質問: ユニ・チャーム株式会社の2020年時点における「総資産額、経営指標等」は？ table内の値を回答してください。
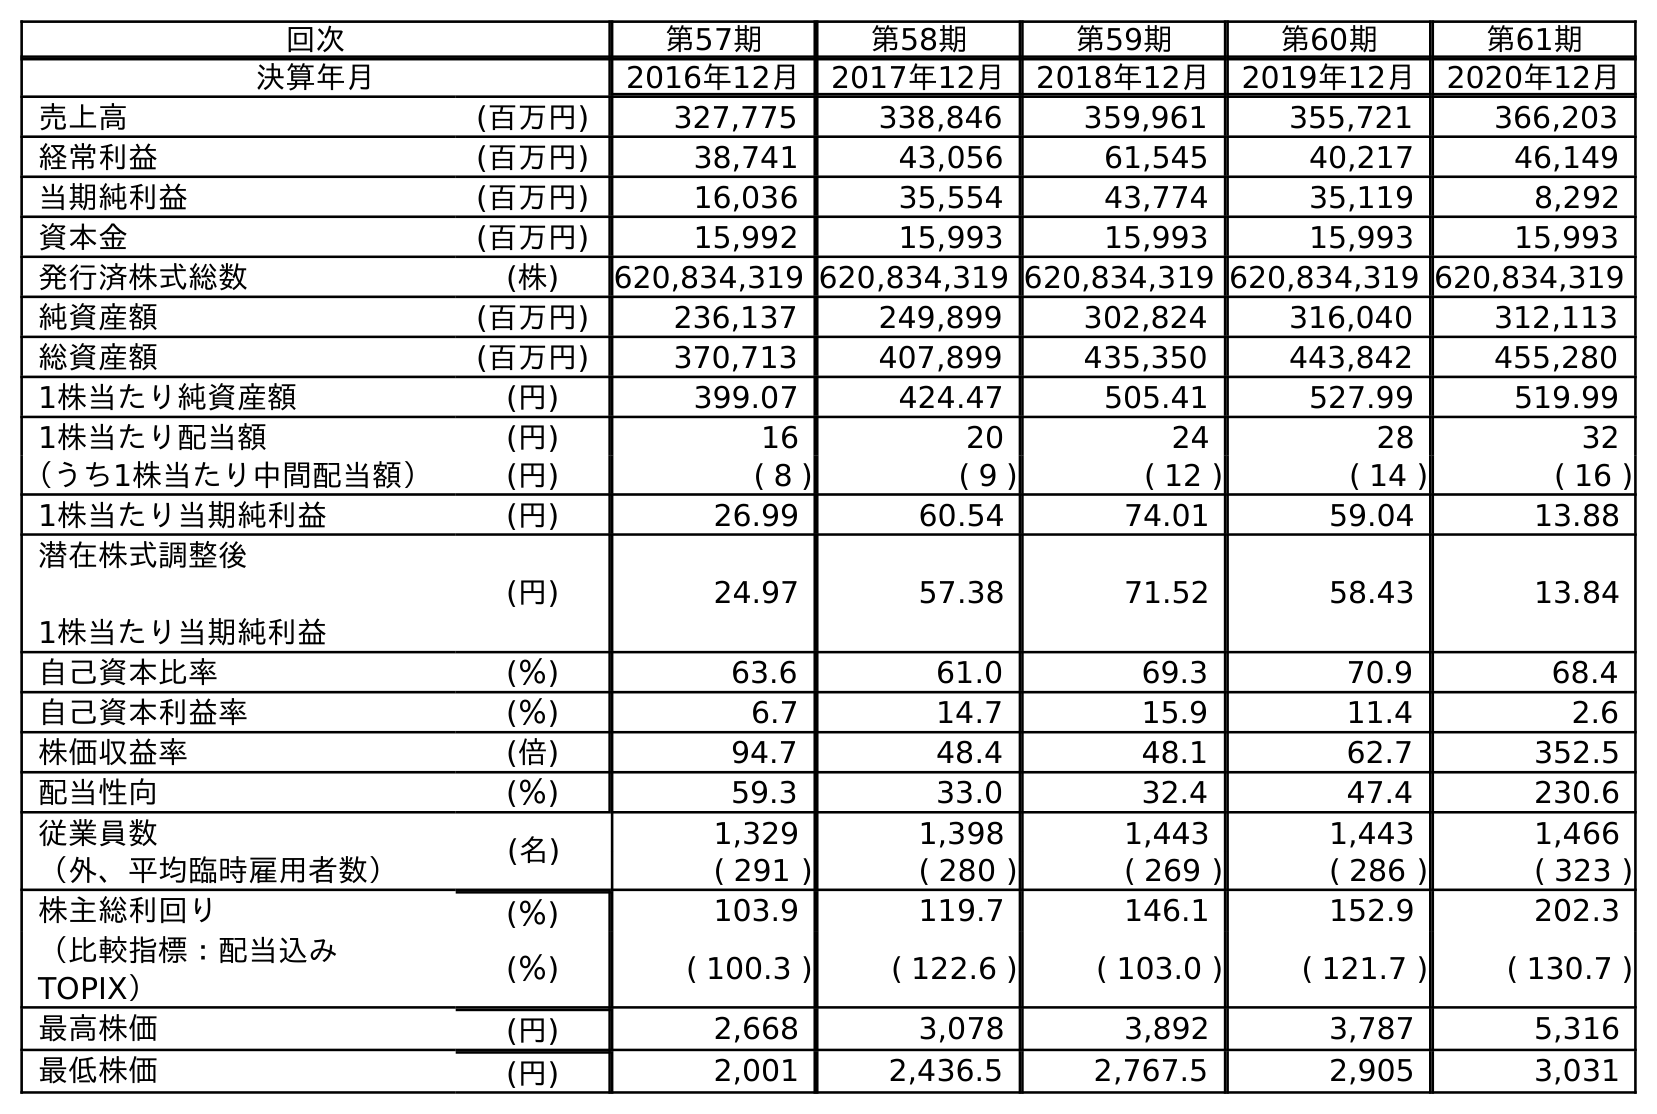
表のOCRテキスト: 回次 第57期 第58期 第59期 第60期 第61期 決算年月 2016年12月 2017年12月 2018年12月 2019年12月 2020年12月 売上高 (百万円) 327,775 338,846 359,961 355,721 366,203 経常利益 (百万円) 38,741 43,056 61,545 40,217 46,149 当期純利益 (百万円) 16,036 35,554 43,774 35,119 8,292 資本金 (百万円) 15,992 15,993 15,993 15,993 15,993 発行済株式総数 (株) 620,834,319 620,834,319 620,834,319 620,834,319 620,834,319 純資産額 (百万円) 236,137 249,899 302,824 316,040 312,113 総資産額 (百万円) 370,713 407,899 435,350 443,842 455,280 1株当たり純資産額 (円) 399.07 424.47 505.41 527.99 519.99 1株当たり配当額 (円) 16 20 24 28 32 （うち1株当たり中間配当額） (円) ( 8 ) ( 9 ) ( 12 ) ( 14 ) ( 16 ) 1株当たり当期純利益 (円) 26.99 60.54 74.01 59.04 13.88 潜在株式調整後 1株当たり当期純利益 (円) 24.97 57.38 71.52 58.43 13.84 自己資本比率 (％) 63.6 61.0 69.3 70.9 68.4 自己資本利益率 (％) 6.7 14.7 15.9 11.4 2.6 株価収益率 (倍) 94.7 48.4 48.1 62.7 352.5 配当性向 (％) 59.3 33.0 32.4 47.4 230.6 従業員数 (名) 1,329 1,398 1,443 1,443 1,466 （外、平均臨時雇用者数） ( 291 ) ( 280 ) ( 269 ) ( 286 ) ( 323 ) 株主総利回り (％) 103.9 119.7 146.1 152.9 202.3 （比較指標：配当込み TOPIX） (％) ( 100.3 ) ( 122.6 ) ( 103.0 ) ( 121.7 ) ( 130.7 ) 最高株価 (円) 2,668 3,078 3,892 3,787 5,316 最低株価 (円) 2,001 2,436.5 2,767.5 2,905 3,031
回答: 455,280